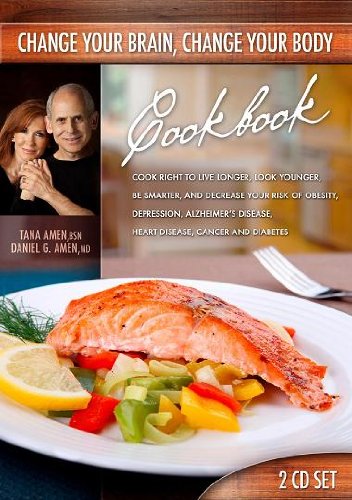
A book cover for Change Your Brain, Change Your Body Cookbook (2 CD Set); Tana Amen; Health, Fitness & Dieting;